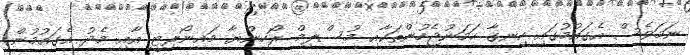
ނަމަވެސް އެގައުމުގައި ހިނގާ ހަމަނުޖެހުންތަކާއި މުސްލިމް ރޯހިންޔާ މައިނޯރިޓީ އާއި މެދު އެގައުމުން